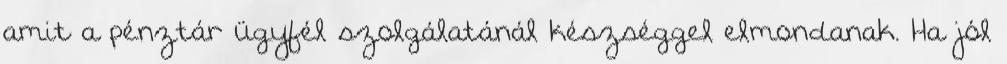
amit a pénztár ügyfél szolgálatánál készséggel elmondanak. Ha jól